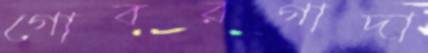
গোবরগাদা